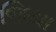
જિયા